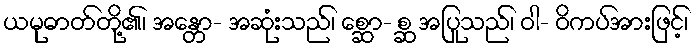
ယမုဓာတ်တို့၏၊ အန္တော- အဆုံးသည်၊ စ္ဆော- စ္ဆ အပြုသည်၊ ဝါ- ဝိကပ်အားဖြင့်၊